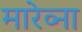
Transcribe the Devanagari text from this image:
मारेव्ना